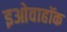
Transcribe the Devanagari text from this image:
इओवाहॉक